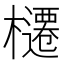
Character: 櫏